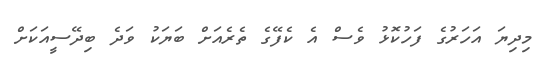
މިދިޔަ އަހަރުގެ ފަހުކޮޅު ވެސް އެ ކެފޭގެ ތެރެއަށް ބަޔަކު ވަދެ ބިދޭސީއަކަށް